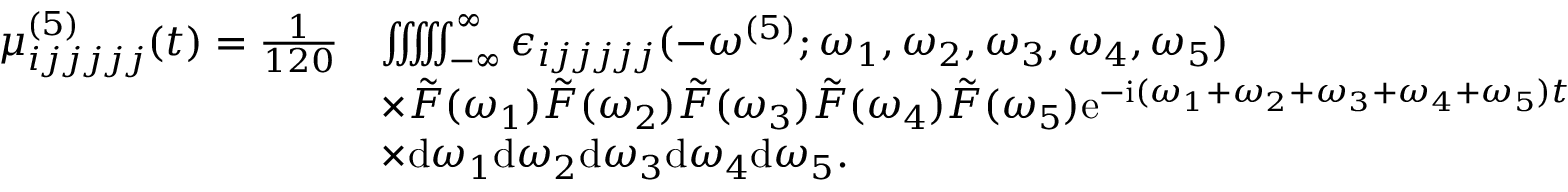
\begin{array} { r l } { \mu _ { i j j j j j } ^ { ( 5 ) } ( t ) = \frac { 1 } { 1 2 0 } } & { \iiint \! \! \! \iint _ { - \infty } ^ { \infty } \epsilon _ { i j j j j j } ( - \omega ^ { ( 5 ) } ; \omega _ { 1 } , \omega _ { 2 } , \omega _ { 3 } , \omega _ { 4 } , \omega _ { 5 } ) } \\ & { \times \tilde { F } ( \omega _ { 1 } ) \tilde { F } ( \omega _ { 2 } ) \tilde { F } ( \omega _ { 3 } ) \tilde { F } ( \omega _ { 4 } ) \tilde { F } ( \omega _ { 5 } ) \mathrm { e } ^ { - \mathrm { i } ( \omega _ { 1 } + \omega _ { 2 } + \omega _ { 3 } + \omega _ { 4 } + \omega _ { 5 } ) t } } \\ & { \times \mathrm { d } \omega _ { 1 } \mathrm { d } \omega _ { 2 } \mathrm { d } \omega _ { 3 } \mathrm { d } \omega _ { 4 } \mathrm { d } \omega _ { 5 } . } \end{array}